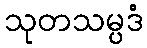
သုတသမ္ပဒံ